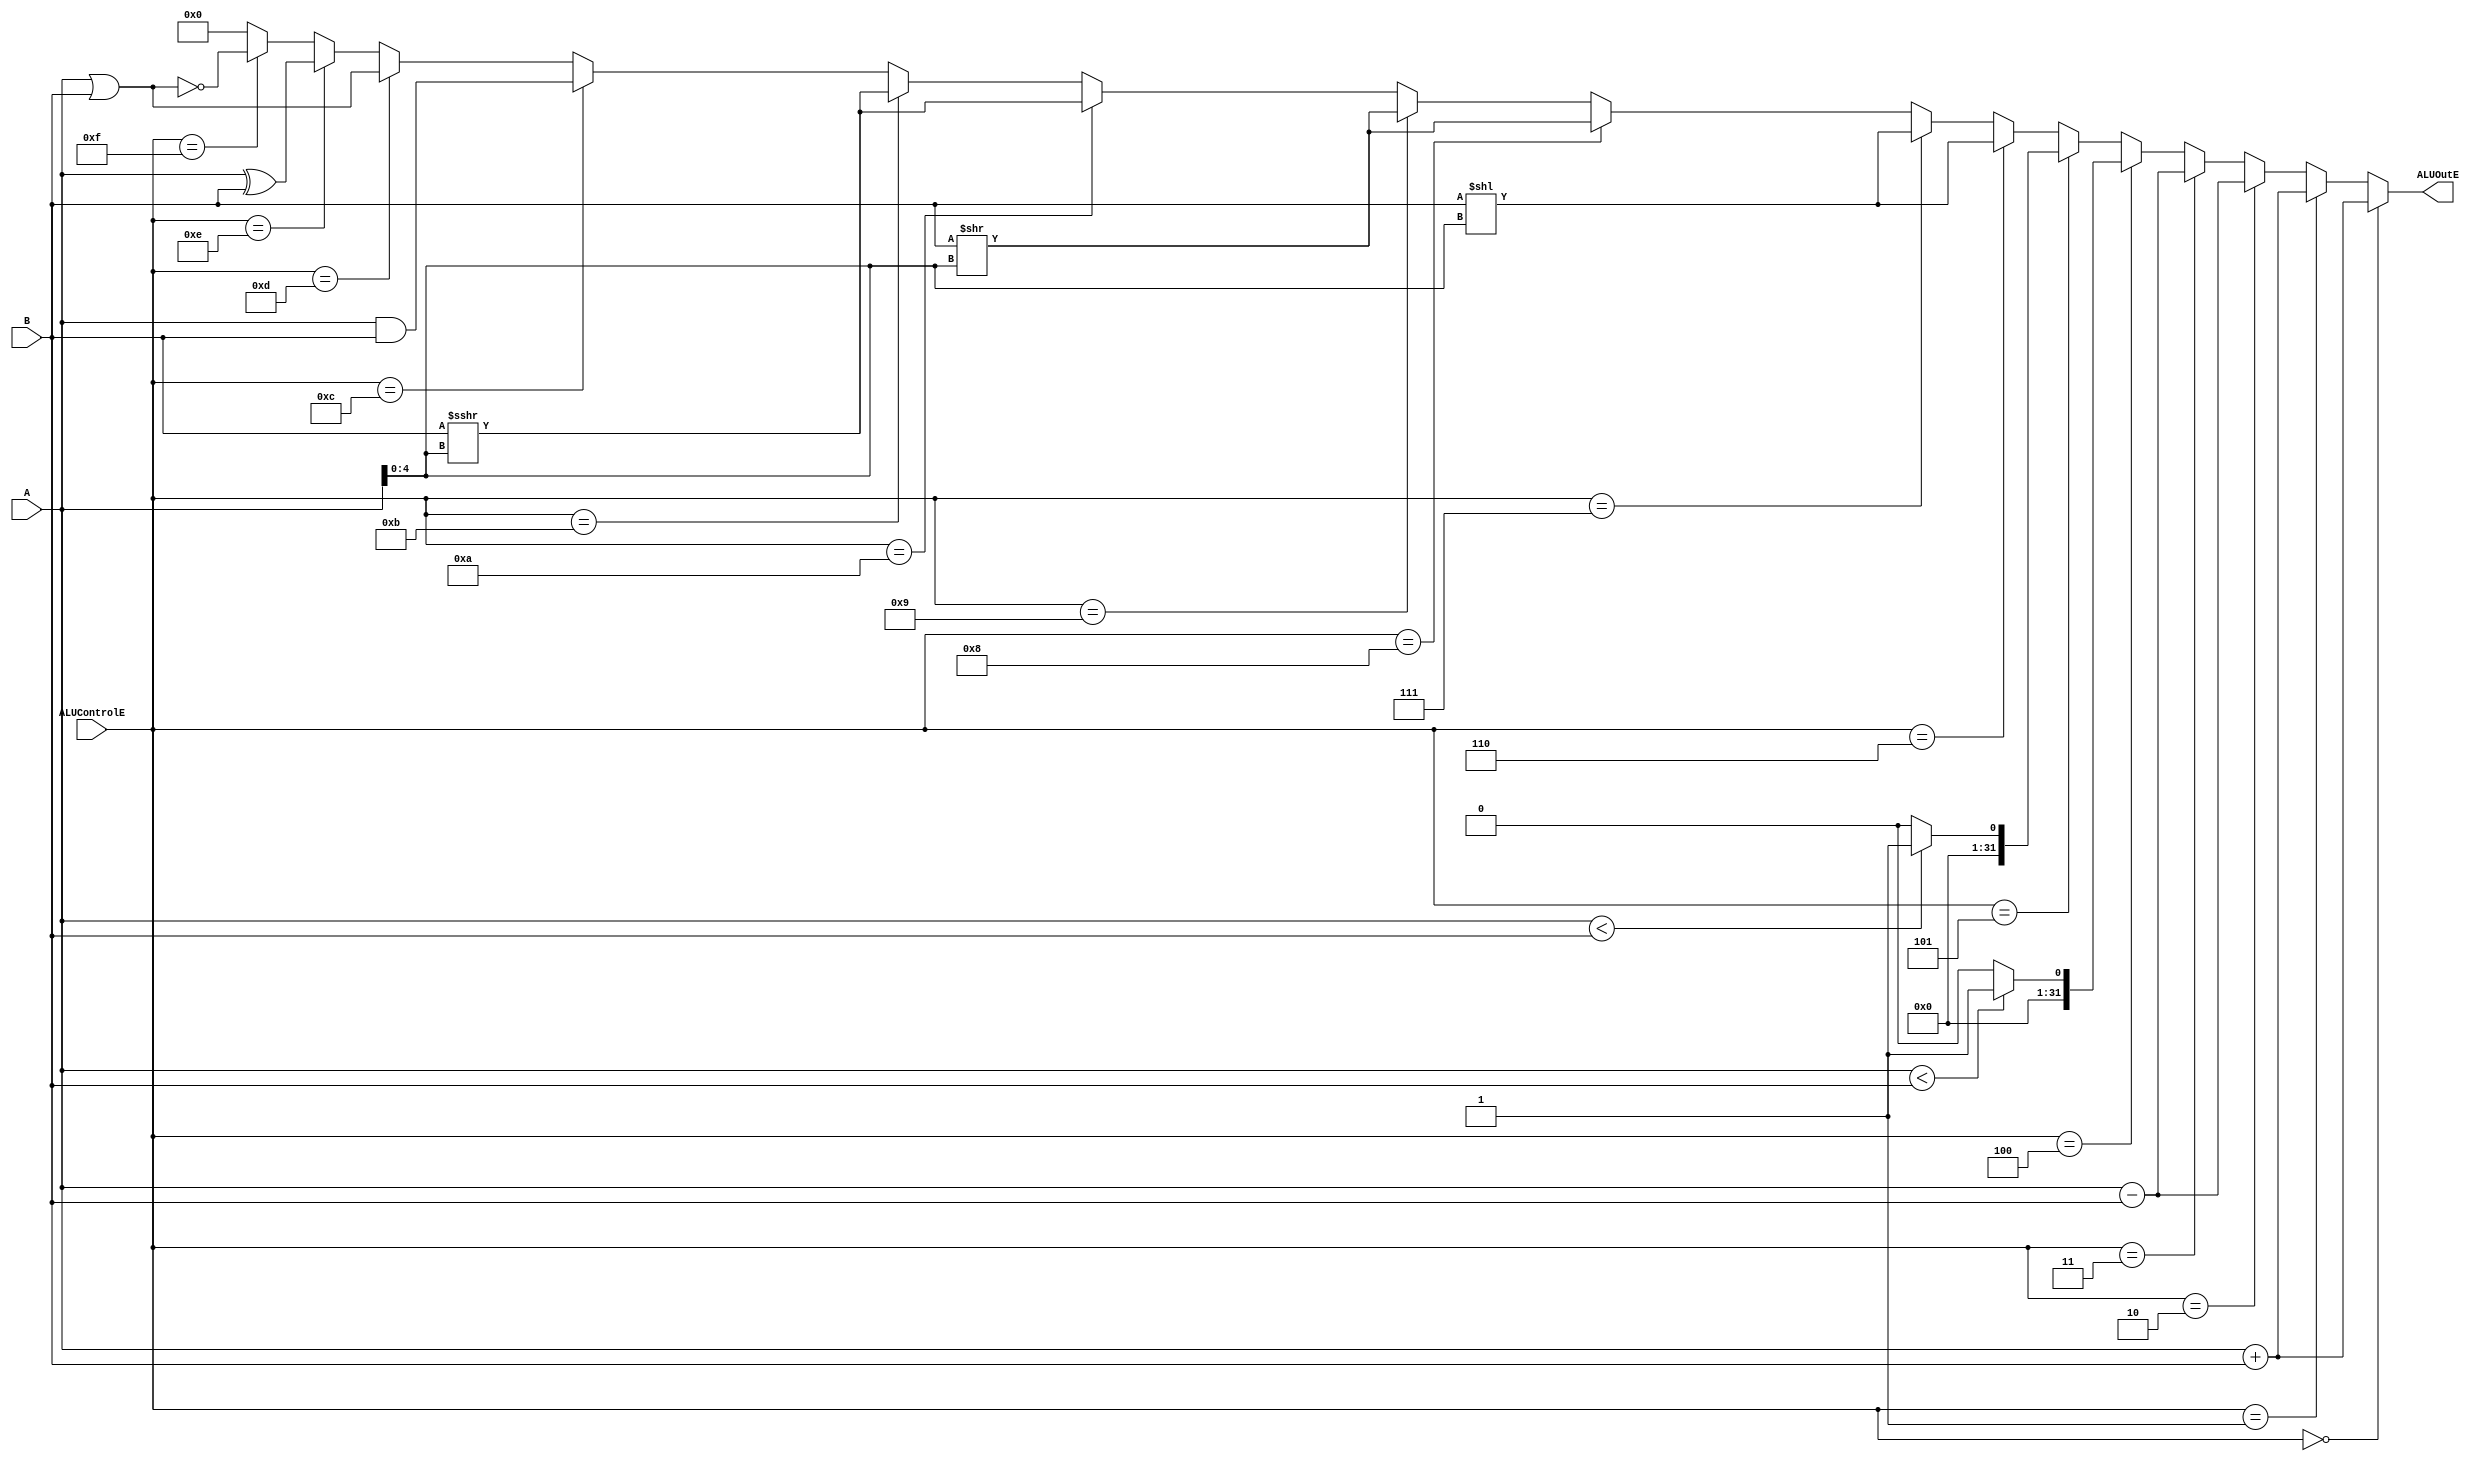
module ALU(						//
  input   [31:0]  A, B,			//AB
  input   [3:0]   ALUControlE,	//
  output  [31:0]  ALUOutE		//
  );

  parameter 
		ADDU = 4'b0000,			//0
		ADD  = 4'b0001,			//1
		SUBU = 4'b0010,			//2
		SUB  = 4'b0011,			//3
		SLTU = 4'b0100,			//4
		SLT  = 4'b0101,			//5
		SLL  = 4'b0110,			//6
		SLLV = 4'b0111,			//7
		SRL  = 4'b1000,			//8
		SRLV = 4'b1001,			//9
		SRA  = 4'b1010,			//10
		SRAV = 4'b1011,			//11
		AND  = 4'b1100,			//12
		OR   = 4'b1101,			//13
		XOR  = 4'b1110,			//14
		NOR  = 4'b1111;			//15
  
  reg [31:0] Temp;
  always @(*)
    Temp <= $signed(B) >>> $signed(A[4:0]);			//$signed(B)
													//signed<<<>>>
  assign ALUOutE = (ALUControlE == ADDU)  ? (A + B) :
                   (ALUControlE == ADD)   ? (A + B) :
                   (ALUControlE == SUBU)  ? (A - B) :
                   (ALUControlE == SUB)   ? (A - B) :
                   (ALUControlE == SLTU)  ? ((A < B) ? 1 : 0) :
                   (ALUControlE == SLT)   ? (($signed(A) < $signed(B)) ? 1 : 0) :
                   (ALUControlE == SLL)   ? (B << A[4:0]) ://shamt
                   (ALUControlE == SLLV)  ? (B << A[4:0]) :
                   (ALUControlE == SRL)   ? (B >> A[4:0]) :
                   (ALUControlE == SRLV)  ? (B >> A[4:0]) :
                   (ALUControlE == SRA)   ? (Temp) :
                   (ALUControlE == SRAV)  ? (Temp) :
                   (ALUControlE == AND)   ? (A & B) :
                   (ALUControlE == OR)    ? (A | B) :
                   (ALUControlE == XOR)   ? (A ^ B) :
                   (ALUControlE == NOR)   ? ~(A | B) :
                                            32'b0;
  
endmodule